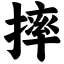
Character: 摔